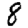
Digit: 8